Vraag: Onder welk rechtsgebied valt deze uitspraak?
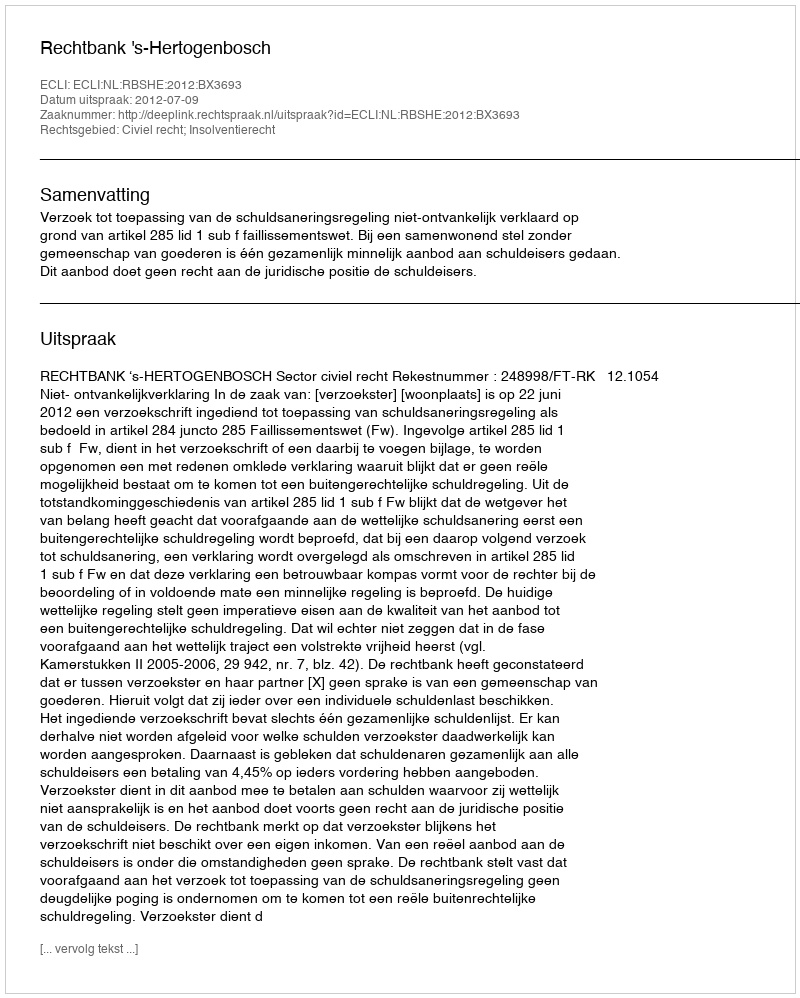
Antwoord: Civiel recht; Insolventierecht